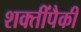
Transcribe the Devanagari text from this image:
शक्तींपैकी